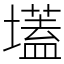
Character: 壒